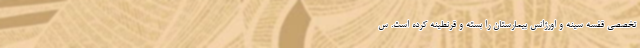
تخصصی قفسه سینه و اورژانس بیمارستان را بسته و قرنطینه کرده است. س